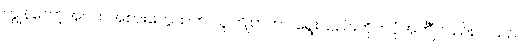
ကျွန်တော့်အဝတ်အစားတွေထဲက သူကြိုက်တာ ရွေးသည်။တိုက်ပုံအင်္ကျီလည်း ပါသည်။